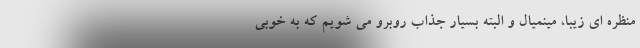
منظره ای زیبا، مینمیال و البته بسیار جذاب روبرو می شویم که به خوبی